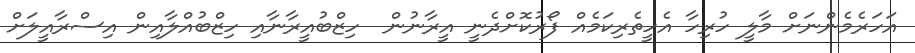
އަހަރެމެންނަށް މާލީ ހުރިހާ އެހީތެރިކަމެއް ފޯރުކޮށްދެނީ އީރާނުން  ހިޒްބުއީރާނާއި ހިޒްބުއްލާއިން އިސްރާއީލަށް